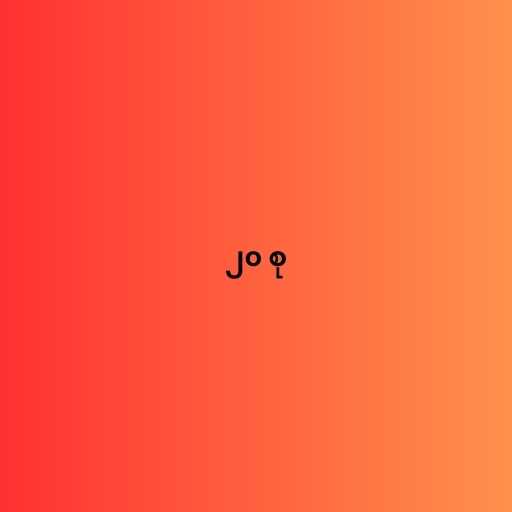
၂၀ စု